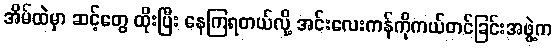
အိမ်ထဲမှာ ဆင့်တွေ ထိုးပြီး နေကြရတယ်လို့ အင်းလေးကန်ကိုကယ်တင်ခြင်းအဖွဲ့က